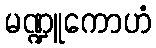
မဏ္ဍူကောဟံ